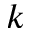
k